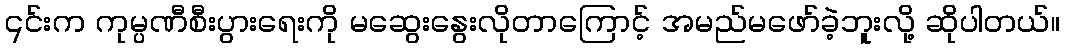
၎င်းက ကုမ္ပဏီစီးပွားရေးကို မဆွေးနွေးလိုတာကြောင့် အမည်မဖော်ခဲ့ဘူးလို့ ဆိုပါတယ်။